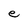
Character: e